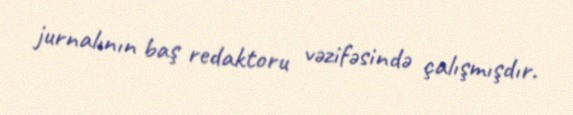
jurnalının baş redaktoru vəzifəsində çalışmışdır.